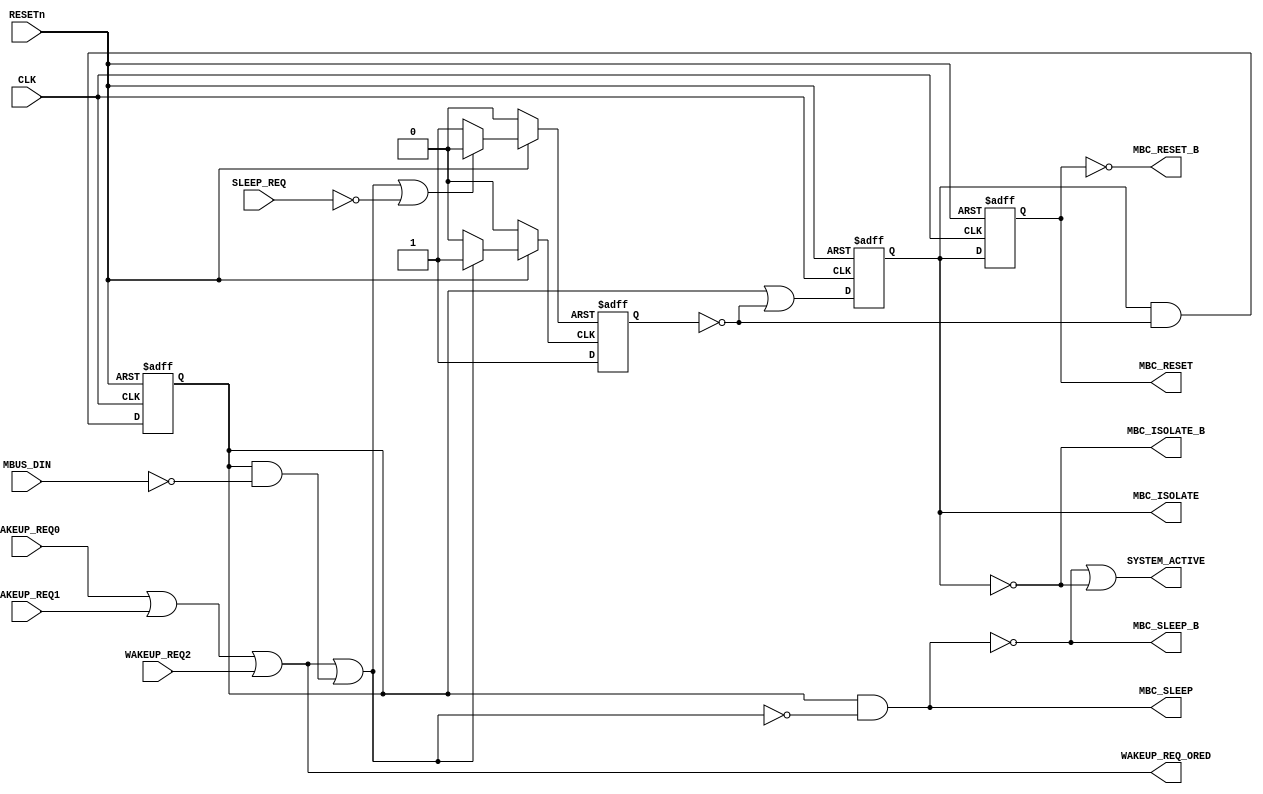
/*
 * MBus Copyright 2015 Regents of the University of Michigan
 *
 * Licensed under the Apache License, Version 2.0 (the "License");
 * you may not use this file except in compliance with the License.
 * You may obtain a copy of the License at
 *
 *     http://www.apache.org/licenses/LICENSE-2.0
 *
 * Unless required by applicable law or agreed to in writing, software
 * distributed under the License is distributed on an "AS IS" BASIS,
 * WITHOUT WARRANTIES OR CONDITIONS OF ANY KIND, either express or implied.
 * See the License for the specific language governing permissions and
 * limitations under the License.
 */

module SLEEP_CONTROLv4
  ( 
    output reg MBC_ISOLATE, 
    output     MBC_ISOLATE_B,
    output reg MBC_RESET,
    output     MBC_RESET_B,
    output     MBC_SLEEP,
    output     MBC_SLEEP_B,
    output     SYSTEM_ACTIVE,
    output     WAKEUP_REQ_ORED,
  
    input      CLK,
    input      MBUS_DIN,
    input      RESETn,
    input      SLEEP_REQ,
    input      WAKEUP_REQ0,
    input      WAKEUP_REQ1,
    input      WAKEUP_REQ2 
    );

   reg 	       set_tran_to_wake;
   reg 	       rst_tran_to_wake;	// act as tran to "sleep"

   assign      MBC_ISOLATE_B = ~MBC_ISOLATE;
   assign      MBC_RESET_B = ~MBC_RESET;
   reg 	       MBC_SLEEP_int;
   assign      MBC_SLEEP_B = ~MBC_SLEEP;
   
   reg 	       tran_to_wake;
   
   assign      SYSTEM_ACTIVE = MBC_SLEEP_B | MBC_ISOLATE_B;
   
   assign      WAKEUP_REQ_ORED	= WAKEUP_REQ0 | WAKEUP_REQ1 | WAKEUP_REQ2;
   

   // set_tran_to_wake
   always @ *
     begin
	if( ~RESETn )
	  set_tran_to_wake	<= 1'b0;
	else if( WAKEUP_REQ_ORED | ( MBC_SLEEP_int & ~MBUS_DIN ))	// Wake up if there is internal req or DIN pulled down
	     set_tran_to_wake	<= 1'b1;
	else
	  set_tran_to_wake	<= 1'b0;
     end

   // rst_tran_to_wake
   always @ *
     begin
	if( ~RESETn )
	  rst_tran_to_wake	<= 1'b0;
	else if( WAKEUP_REQ_ORED | (MBC_SLEEP_int & ~MBUS_DIN) | ~SLEEP_REQ )
   	  rst_tran_to_wake	<= 1'b0;
	else
	  rst_tran_to_wake	<= 1'b1;
     end

   // tran_to_wake
   always @ ( posedge rst_tran_to_wake or posedge set_tran_to_wake )
     begin
	if( rst_tran_to_wake ) 
	  tran_to_wake	<= 1'b0;
	else if ( set_tran_to_wake ) 
	  tran_to_wake	<= 1'b1;
	else
	  tran_to_wake  <= tran_to_wake;
     end

   // MBC_ISOLATE
   always @ ( negedge RESETn or posedge CLK )
     begin
	if( ~RESETn )
		MBC_ISOLATE	<= 1'b1;
	else begin
		MBC_ISOLATE	<= MBC_SLEEP_int | ~tran_to_wake;
	end
     end

   // MBC_SLEEP
   always @ ( negedge RESETn or posedge CLK )
     begin
	if( ~RESETn )
		MBC_SLEEP_int	<= 1'b1;
	else begin
		MBC_SLEEP_int	<= MBC_ISOLATE & ~tran_to_wake;
	end
     end

   assign	MBC_SLEEP = MBC_SLEEP_int & ~ (WAKEUP_REQ_ORED | (MBC_SLEEP_int & ~MBUS_DIN) );

   // MBC_RESET
   always @ ( negedge RESETn or posedge CLK )
     begin
	if( ~RESETn )
	  MBC_RESET	<= 1'b1;
	else begin
	   MBC_RESET	<= MBC_ISOLATE;
	end
     end


endmodule // SLEEP_CONTROLv4